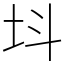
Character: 㘰